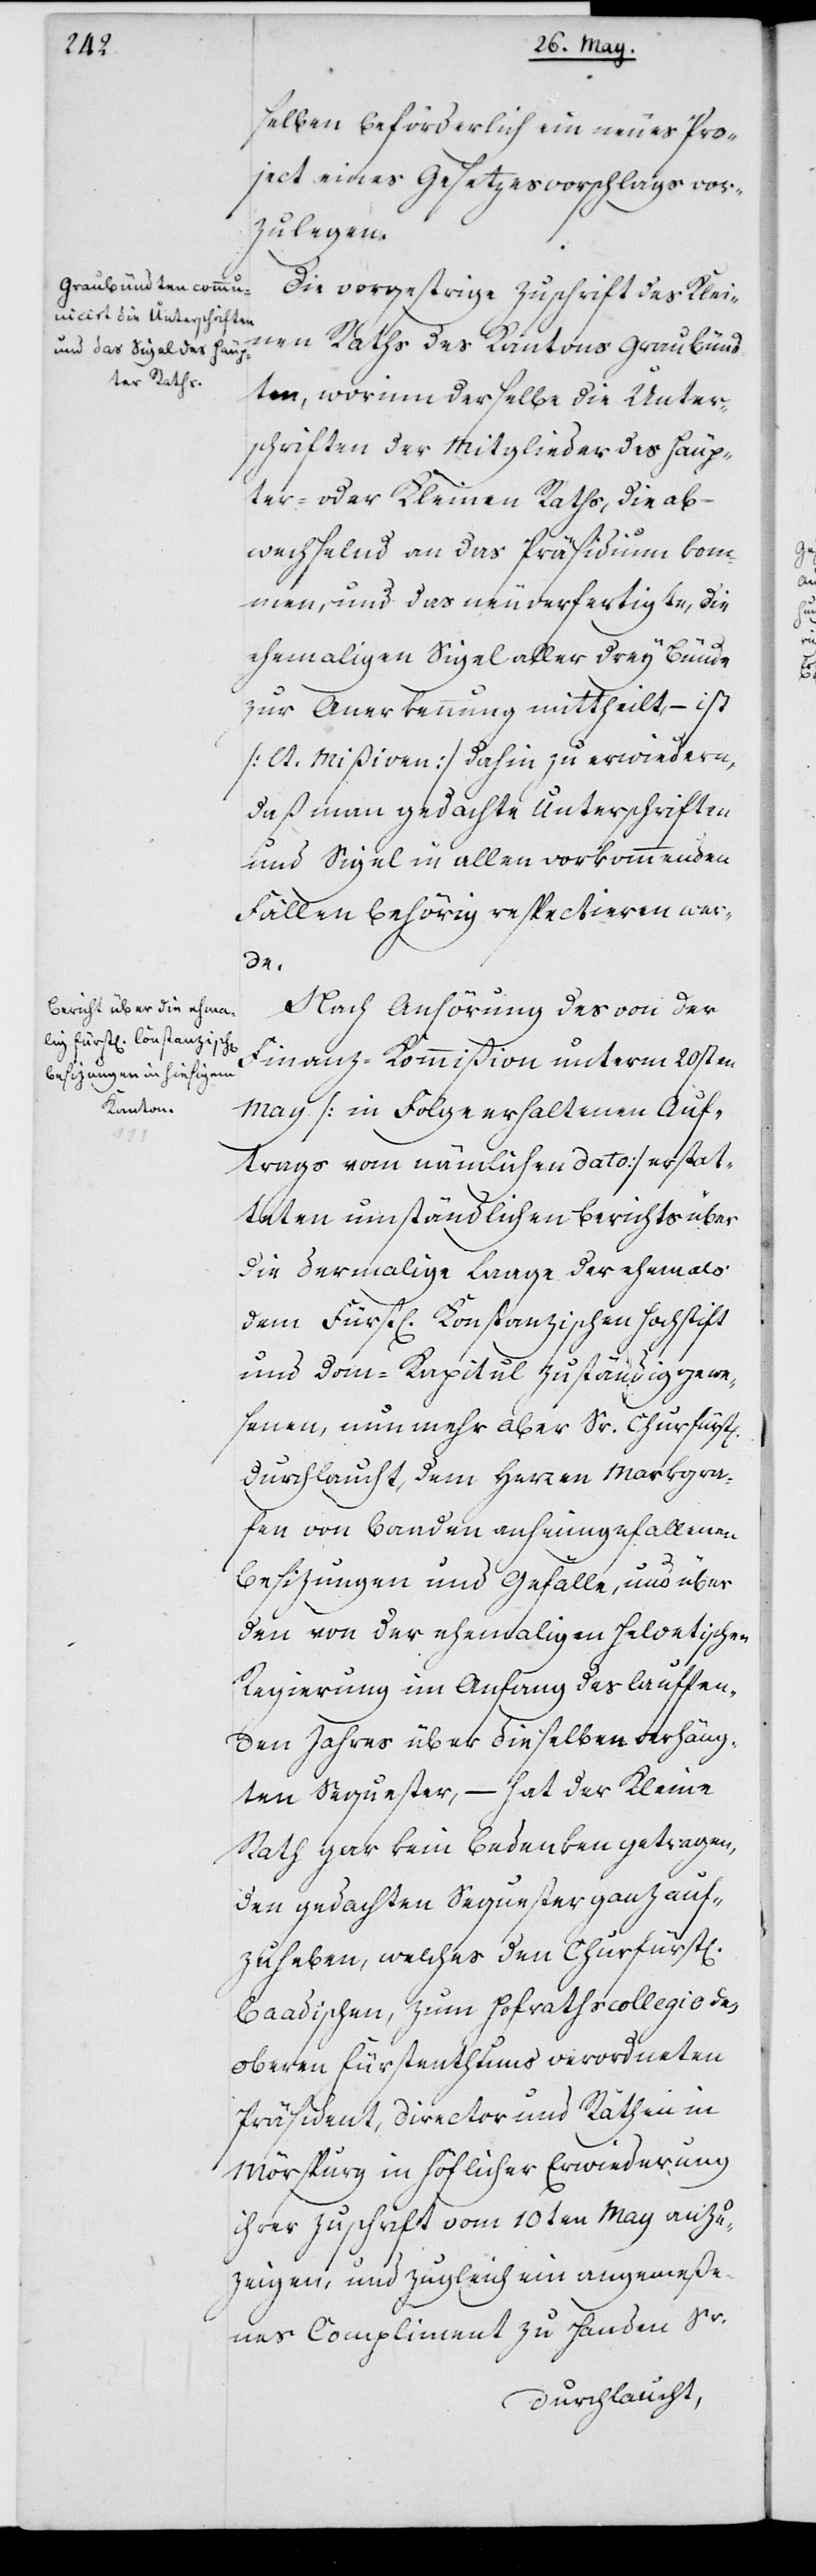
selben beförderlich ein neues Proj¬
ect eines Gesetzesvorschlags vor¬
zulegen.
Die vorgestrige Zuschrift des Klei¬
nen Raths des Kantons Graubünd¬
ten, worinn derselbe die Unter¬
schriften der Mitglieder des Häup¬
ter- oder Kleinen Raths, die ab¬
wechselnd an das Präsidium kom¬
men, und das neuverfertigte, die
ehemaligen Sigel aller drey Bünde
zur Anerkennung mittheilt, – ist
(lt. Mißiven) dahin zu erwiedern,
daß man gedachte Unterschriften
und Sigel in allen vorkommenden
Fällen behörig respectieren wer¬
de.
Nach Anhörung des von der
Finanz-Kommißion unterm 20sten
May (in Folge erhaltenen Auf¬
trags vom nämlichen Dato) erstat¬
teten umständlichen Berichts über
die dermalige Laage der ehemals
dem Fürstl. Konstanzischen Hochstift
und dem Dom-Kapitel zuständig gewe¬
senen, nunmehr aber Sr. Churfürstl.
Durchlaucht, dem Herren Markgra¬
fen von Baaden anheimgefallenen
Besizungen und Gefälle, und über
den von der ehemaligen Helvetischen
Regierung im Anfang des lauffen¬
den Jahres über dieselben verhäng¬
ten Sequester, – hat der Kleine
Rath gar kein Bedenken getragen,
den gedachten Sequester ganz auf¬
zuheben, welches den Churfürstl.
Baadischen, zum Hofrathscollegio des
oberen Fürstentums verordneten
Präsident, Director und Räthen in
Mörspurg in höflicher Erwiederung
ihrer Zuschrift vom 10ten May anzu¬
zeigen, und zugleich ein angemeße¬
nes Compliment zu Handen Sr.